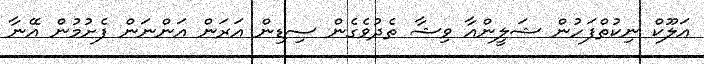
އަލޫކް ނިކުތްފަހުން ޝަލީންއާ ވިޝާ ތެދުވެގެން ސިޑިން އަރަން އަންނަން ފެށުމުން އޭނާ